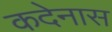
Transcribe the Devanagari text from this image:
कदेनास